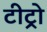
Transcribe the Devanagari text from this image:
टीट्रो